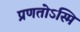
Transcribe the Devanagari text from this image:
प्रणतोऽस्मि